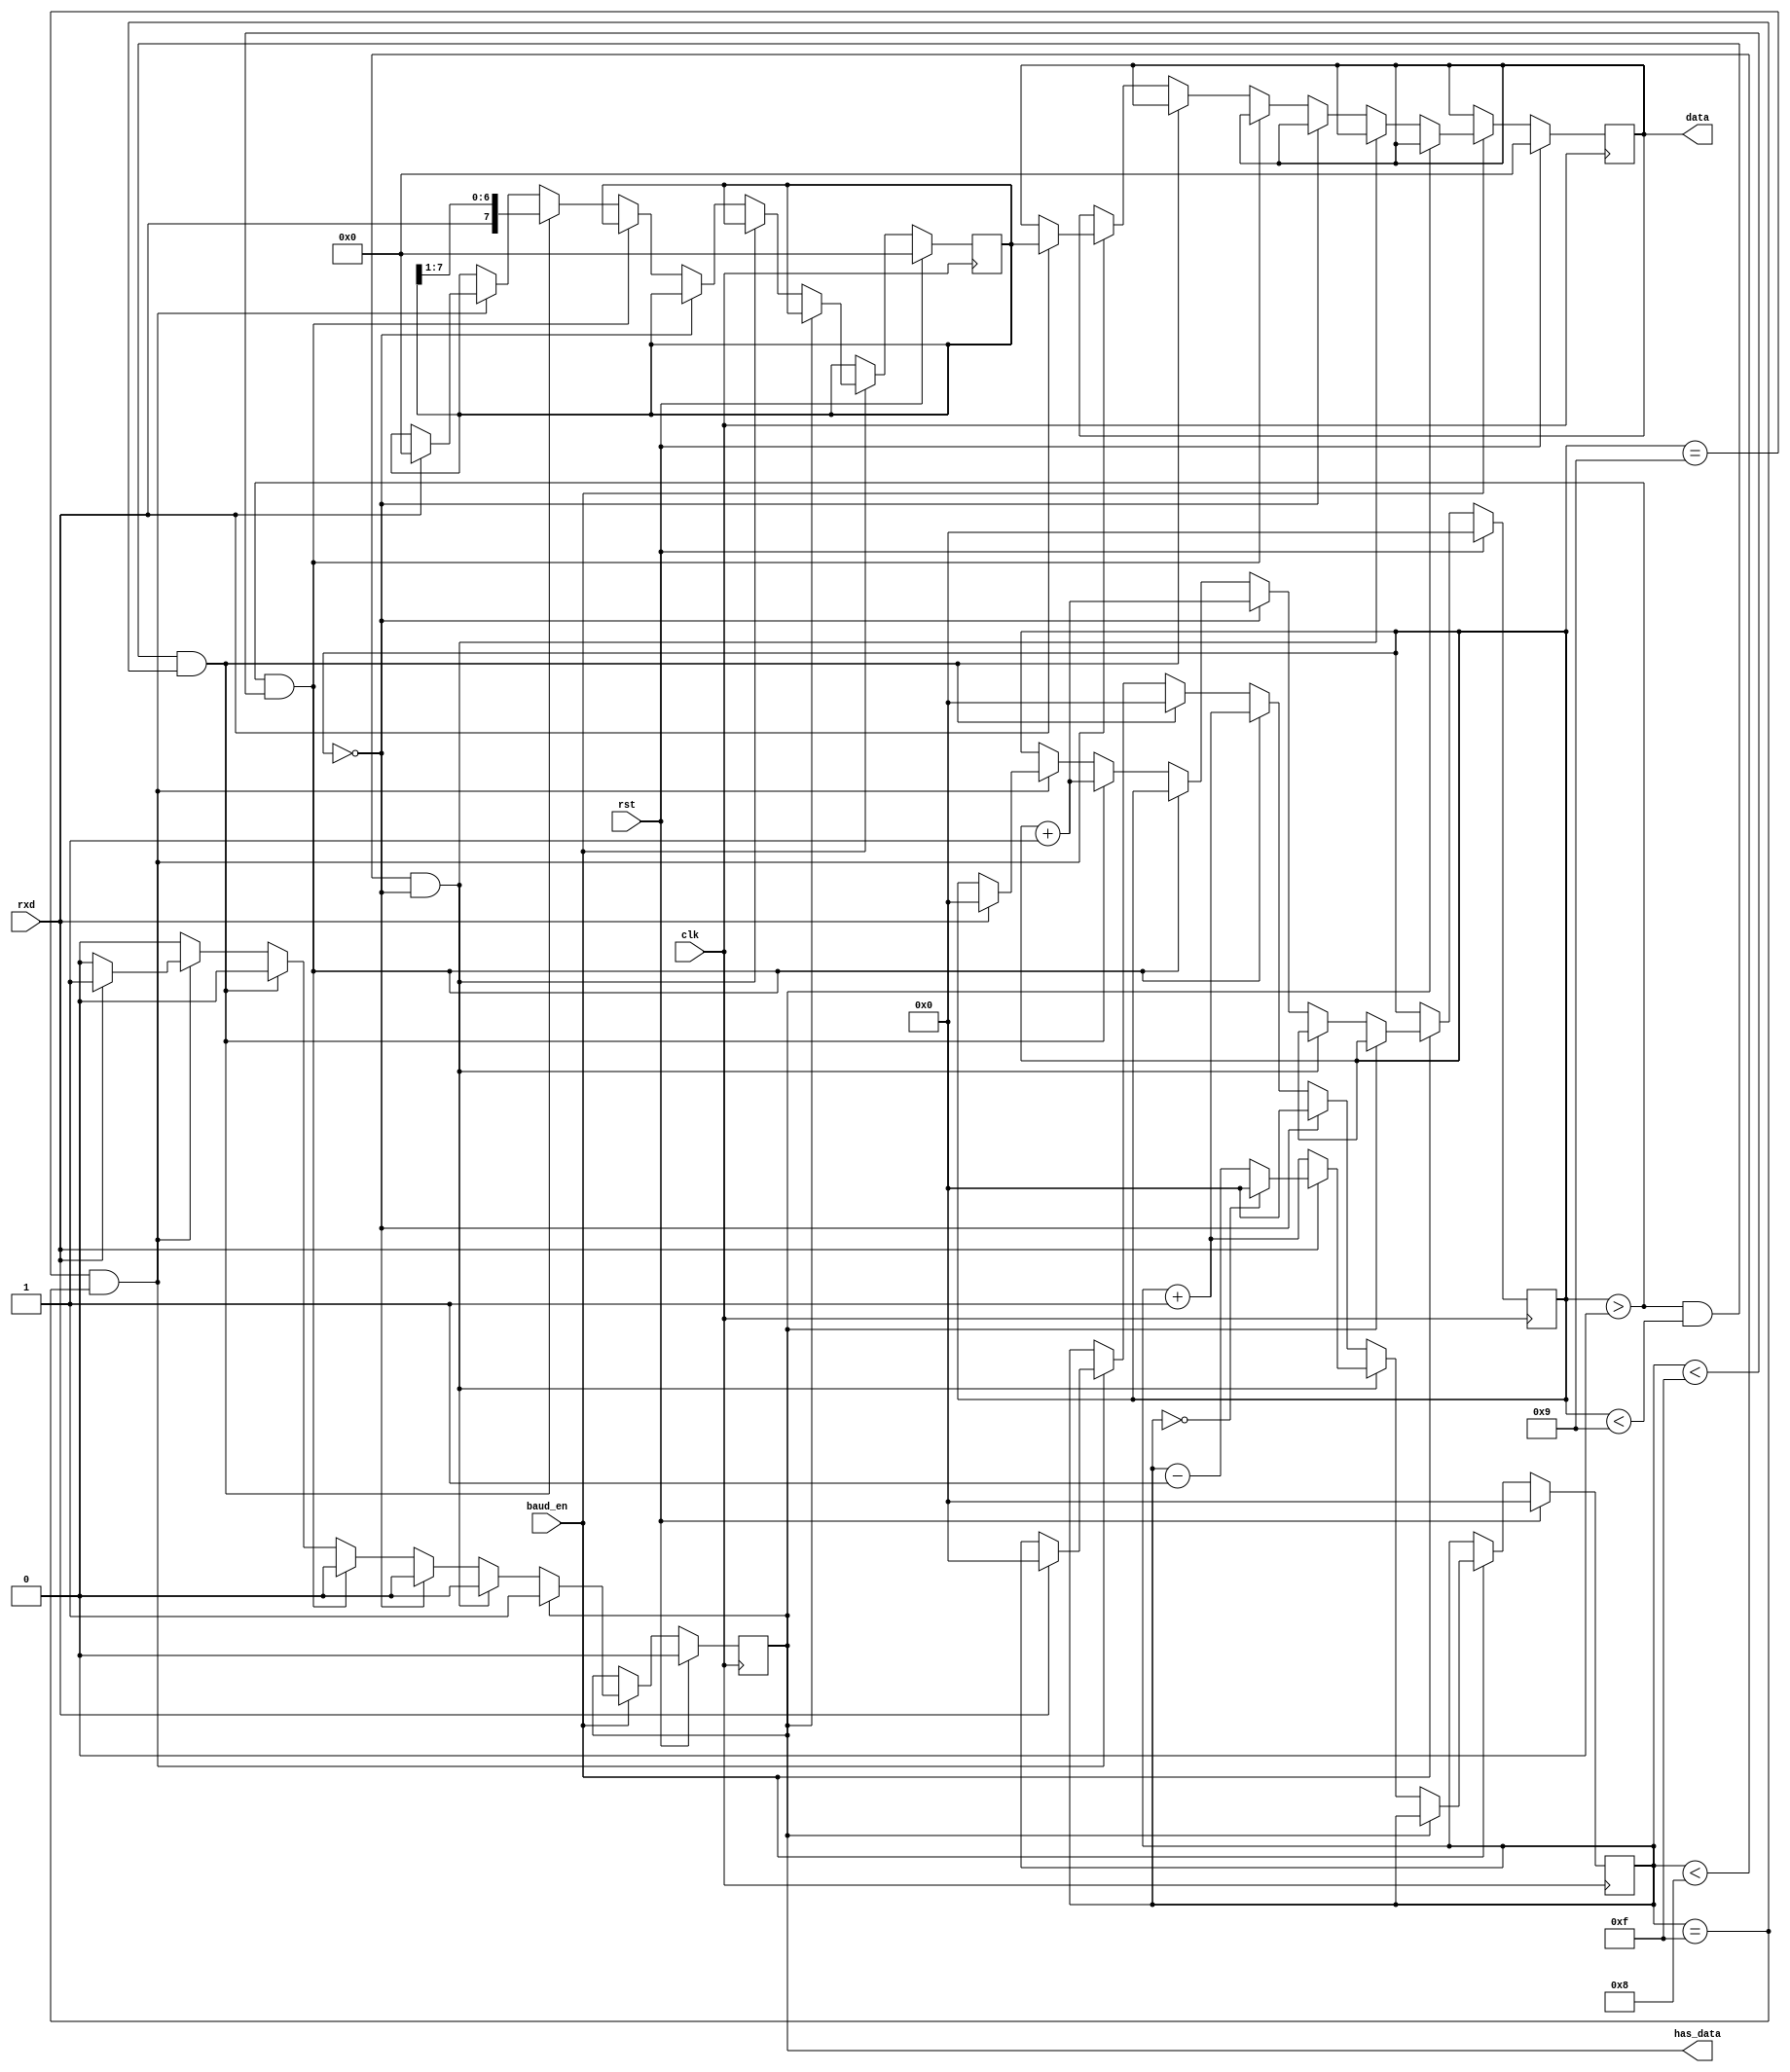
/* Receive Shift Register, Control, and Buffer
 * Responsible for reading data into SPART
 */
module user_io_shifter(input rxd, input clk, input rst, input baud_en, output [7:0]data, output has_data);
	reg [7:0] shifter_data;
	reg [7:0] buffer;
	reg [3:0] count;
	reg [3:0] bit_count;
	reg full;
	
	assign data = buffer;
	assign has_data = full;
	
	always @(posedge clk) begin
		// Initialize all necessary registers
		if (rst) begin
			shifter_data <= 8'b0;
			buffer <= 8'b0;
			full <= 1'b0;
			count <= 4'b0;
			bit_count <= 4'b0;
		end

		// BRG has raised enable signal now, so now start counting bits we've received
		else if (baud_en) begin

			// Check if we can afford to read another bit or not, if we can't, don't corrupt what we have.
			if (full == 1'b0) begin

				// Begin counting bits				
				if (count < 4'd8 && bit_count == 4'b0) begin
					if (rxd == 1'b0) begin
						count <= count + 4'd1;
					end
					else begin
						count <= (count == 4'b0) ? 4'b0 : (count - 4'd1);
					end
				end

				// Count and continue counting to know when we've reached a byte (and which point we can move data into the buffer)
				else if (bit_count == 4'b0) begin
					bit_count <= bit_count + 4'd1;
					count <= 4'd0;
				end

				else if (bit_count > 4'b0 && count < 4'd15) begin
					count <= count + 4'd1;
				end

				// Read yet another bit of rxd if we've counted enough
				else if (bit_count > 4'b0 && bit_count < 4'd9 && count == 4'd15) begin
					count <= 4'b0;
					shifter_data <= {rxd, shifter_data[7:1]};
					bit_count <= bit_count + 4'd1;
				end

				// So now we've read all the data necessary for this byte. Now, we will reset the read shift register
				// and prepare to read another, while moving the data we just constructed into the read buffer.
				else if (bit_count == 4'd9 && count == 4'd15) begin
					if (rxd == 1'b1) begin
						buffer <= shifter_data;
						full <= 1'b1;
						count <= 4'b0;
						bit_count <= 4'b0;
						shifter_data <= 8'b0;
					end
				end
				else begin
					$display("Getting into Nowhere!");
				end
			end
		end
	end

endmodule